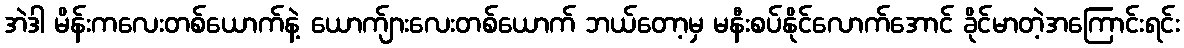
အဲဒါ မိန်းကလေးတစ်ယောက်နဲ့ ယောက်ျားလေးတစ်ယောက် ဘယ်တော့မှ မနီးစပ်နိုင်လောက်အောင် ခိုင်မာတဲ့အကြောင်းရင်း